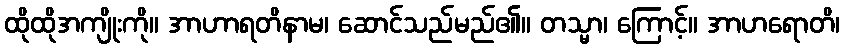
ထိုထိုအကျိုးကို။ အာဟာရတိနာမ၊ ဆောင်သည်မည်၏။ တသ္မာ၊ ကြောင့်။ အာဟရောတိ၊